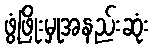
ဖွံ့ဖြိုးမှုအနည်းဆုံး